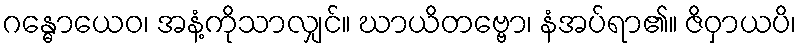
ဂန္ဓောယေဝ၊ အနံ့ကိုသာလျှင်။ ဃာယိတဗ္ဗော၊ နံအပ်ရာ၏။ ဇိဝှာယပိ၊